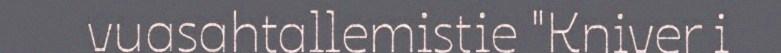
vuasahtallemistie "Kniver i